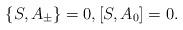
LaTeX: \begin{align*} \{S, A_{\pm}\}=0,[S,A_0]=0.\end{align*}